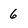
Character: 6